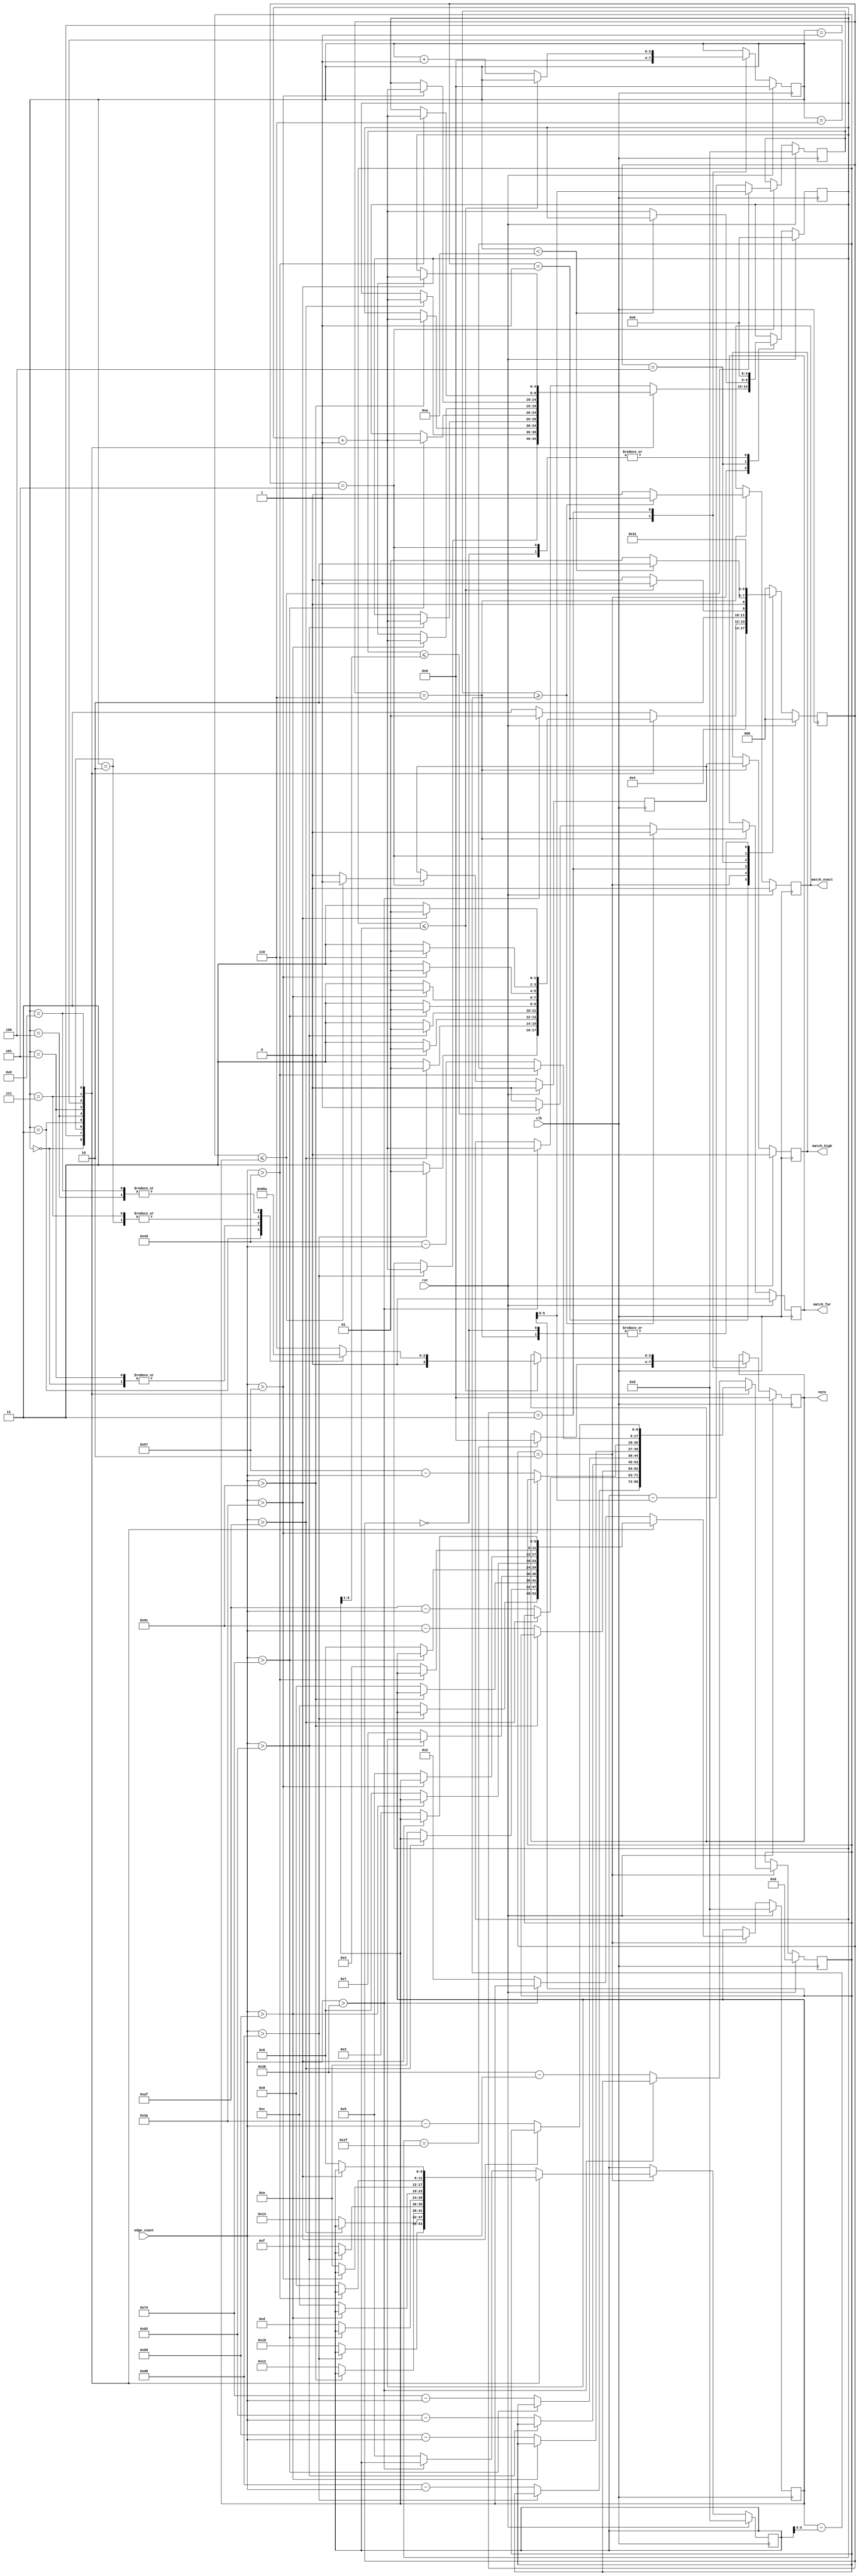
/*
    Neptune v1.2.0 proportional window, for tinytapeout 4.
    Copyright (C) 2023 Pat Deegan, https://psychogenic.com
    This program is free software: you can redistribute it and/or modify
    it under the terms of the GNU General Public License as published by
    the Free Software Foundation, either version 3 of the License, or
    (at your option) any later version.
    This program is distributed in the hope that it will be useful,
    but WITHOUT ANY WARRANTY; without even the implied warranty of
    MERCHANTABILITY or FITNESS FOR A PARTICULAR PURPOSE.  See the
    GNU General Public License for more details.
    You should have received a copy of the GNU General Public License
    along with this program.  If not, see <https://www.gnu.org/licenses/>.
*/



`default_nettype none
`timescale 1ns/1ps
/* Generated by Yosys 0.28+1 (git sha1 a9c792dce, clang 10.0.0-4ubuntu1 -fPIC -Os) */

module p06_discriminator(rst, match_exact, edge_count, note, match_high, match_far, clk);
  reg \$auto$verilog_backend.cc:2097:dump_module$5  = 0;
  wire \$1 ;
  wire [3:0] \$100 ;
  wire [3:0] \$102 ;
  wire [3:0] \$104 ;
  wire [3:0] \$106 ;
  wire [3:0] \$108 ;
  wire \$11 ;
  wire \$110 ;
  wire [8:0] \$112 ;
  wire \$114 ;
  wire [8:0] \$116 ;
  wire \$118 ;
  wire [8:0] \$120 ;
  wire \$122 ;
  wire [8:0] \$124 ;
  wire \$126 ;
  wire [8:0] \$128 ;
  wire \$13 ;
  wire \$130 ;
  wire [8:0] \$132 ;
  wire \$134 ;
  wire [8:0] \$136 ;
  wire \$138 ;
  wire [8:0] \$140 ;
  wire \$142 ;
  wire [8:0] \$144 ;
  wire \$146 ;
  wire [8:0] \$148 ;
  wire \$15 ;
  wire \$150 ;
  wire \$152 ;
  wire \$154 ;
  wire \$156 ;
  wire \$158 ;
  wire \$160 ;
  wire \$162 ;
  wire \$164 ;
  wire \$166 ;
  wire \$168 ;
  wire \$17 ;
  wire \$170 ;
  wire [5:0] \$172 ;
  wire \$174 ;
  wire [5:0] \$176 ;
  wire \$178 ;
  wire [5:0] \$180 ;
  wire \$182 ;
  wire [5:0] \$184 ;
  wire \$186 ;
  wire [5:0] \$188 ;
  wire \$19 ;
  wire \$190 ;
  wire [5:0] \$192 ;
  wire \$194 ;
  wire [5:0] \$196 ;
  wire \$198 ;
  wire [5:0] \$200 ;
  wire \$202 ;
  wire [5:0] \$204 ;
  wire \$206 ;
  wire [5:0] \$208 ;
  wire \$21 ;
  wire \$210 ;
  wire [9:0] \$212 ;
  wire [9:0] \$213 ;
  wire \$215 ;
  wire [5:0] \$217 ;
  wire [6:0] \$219 ;
  wire \$221 ;
  wire [5:0] \$223 ;
  wire [6:0] \$225 ;
  wire \$227 ;
  wire [5:0] \$229 ;
  wire \$23 ;
  wire \$231 ;
  wire \$25 ;
  wire [5:0] \$27 ;
  wire [5:0] \$28 ;
  wire \$3 ;
  wire \$30 ;
  wire [5:0] \$32 ;
  wire [5:0] \$33 ;
  wire \$35 ;
  wire [5:0] \$37 ;
  wire [5:0] \$38 ;
  wire \$40 ;
  wire [5:0] \$42 ;
  wire [5:0] \$43 ;
  wire \$45 ;
  wire [5:0] \$47 ;
  wire [5:0] \$48 ;
  wire \$5 ;
  wire \$50 ;
  wire [5:0] \$52 ;
  wire [5:0] \$53 ;
  wire \$55 ;
  wire [5:0] \$57 ;
  wire [5:0] \$58 ;
  wire \$60 ;
  wire [5:0] \$62 ;
  wire [5:0] \$63 ;
  wire \$65 ;
  wire [5:0] \$67 ;
  wire [5:0] \$68 ;
  wire \$7 ;
  wire \$70 ;
  wire [5:0] \$72 ;
  wire [5:0] \$73 ;
  wire \$75 ;
  wire [5:0] \$77 ;
  wire [5:0] \$78 ;
  wire \$80 ;
  wire [4:0] \$82 ;
  wire [4:0] \$83 ;
  wire \$85 ;
  wire \$87 ;
  wire [3:0] \$89 ;
  wire \$9 ;
  wire [3:0] \$90 ;
  wire [3:0] \$92 ;
  wire [3:0] \$94 ;
  wire [3:0] \$96 ;
  wire [3:0] \$98 ;
  input clk;
  wire clk;
  reg [3:0] curNoteIndex = 4'h0;
  reg [3:0] \curNoteIndex$next ;
  (* enum_base_type = "DiscriminatorState" *)
  (* enum_value_000 = "PowerUp" *)
  (* enum_value_001 = "Init" *)
  (* enum_value_010 = "CalculateDiffFromTarget" *)
  (* enum_value_011 = "Compare" *)
  (* enum_value_100 = "MovedToNextCheckBounds" *)
  (* enum_value_101 = "DetectedValidNote" *)
  (* enum_value_110 = "DisplayResult" *)
  reg [2:0] curState = 3'h0;
  reg [2:0] \curState$next ;
  reg [5:0] detectionWindow = 6'h00;
  reg [5:0] \detectionWindow$next ;
  reg [5:0] detectionWindowMidPoint = 6'h00;
  reg [5:0] \detectionWindowMidPoint$next ;
  input [7:0] edge_count;
  wire [7:0] edge_count;
  reg inputFreqHigher = 1'h0;
  reg \inputFreqHigher$next ;
  output match_exact;
  reg match_exact = 1'h0;
  reg \match_exact$next ;
  output match_far;
  reg match_far = 1'h0;
  reg \match_far$next ;
  output match_high;
  reg match_high = 1'h0;
  reg \match_high$next ;
  reg [4:0] noMatchCount = 5'h00;
  reg [4:0] \noMatchCount$next ;
  output [3:0] note;
  reg [3:0] note = 4'h0;
  reg [3:0] \note$next ;
  reg [5:0] readingProximityResult = 6'h00;
  reg [5:0] \readingProximityResult$next ;
  input rst;
  wire rst;
  reg [8:0] subtractResult = 9'h000;
  reg [8:0] \subtractResult$next ;
  assign \$9  = edge_count > 8'h74;
  assign \$110  = edge_count > 8'hd0;
  assign \$112  = 8'hd0 - edge_count;
  assign \$114  = edge_count > 8'haf;
  assign \$116  = 8'haf - edge_count;
  assign \$118  = edge_count > 8'h9c;
  assign \$11  = edge_count > 8'h68;
  assign \$120  = 8'h9c - edge_count;
  assign \$122  = edge_count > 8'h82;
  assign \$124  = 8'h82 - edge_count;
  assign \$126  = edge_count > 8'h74;
  assign \$128  = 8'h74 - edge_count;
  assign \$130  = edge_count > 8'h68;
  assign \$132  = 8'h68 - edge_count;
  assign \$134  = edge_count > 8'h57;
  assign \$136  = 8'h57 - edge_count;
  assign \$138  = edge_count > 8'h4d;
  assign \$13  = edge_count > 8'h57;
  assign \$140  = 8'h4d - edge_count;
  assign \$142  = edge_count > 8'h3a;
  assign \$144  = 8'h3a - edge_count;
  assign \$146  = edge_count > 8'h2b;
  assign \$148  = 8'h2b - edge_count;
  assign \$150  = edge_count > 8'hd0;
  assign \$152  = edge_count > 8'haf;
  assign \$154  = edge_count > 8'h9c;
  assign \$156  = edge_count > 8'h82;
  assign \$158  = edge_count > 8'h74;
  assign \$15  = edge_count > 8'h4d;
  assign \$160  = edge_count > 8'h68;
  assign \$162  = edge_count > 8'h57;
  assign \$164  = edge_count > 8'h4d;
  assign \$166  = edge_count > 8'h3a;
  assign \$168  = edge_count > 8'h2b;
  assign \$170  = edge_count > 8'hd0;
  assign \$174  = edge_count > 8'haf;
  assign \$178  = edge_count > 8'h9c;
  assign \$17  = edge_count > 8'h3a;
  assign \$182  = edge_count > 8'h82;
  assign \$186  = edge_count > 8'h74;
  assign \$190  = edge_count > 8'h68;
  assign \$194  = edge_count > 8'h57;
  assign \$198  = edge_count > 8'h4d;
  assign \$1  = edge_count > 8'hd0;
  assign \$19  = edge_count > 8'h2b;
  assign \$202  = edge_count > 8'h3a;
  assign \$206  = edge_count > 8'h2b;
  assign \$210  = subtractResult <= detectionWindowMidPoint;
  assign \$213  = detectionWindow - subtractResult;
  assign \$215  = subtractResult <= detectionWindowMidPoint;
  assign \$21  = subtractResult <= detectionWindow;
  assign \$219  = detectionWindowMidPoint - \$217 ;
  assign \$221  = readingProximityResult >= \$219 ;
  assign \$225  = detectionWindowMidPoint - \$223 ;
  assign \$227  = readingProximityResult >= \$225 ;
  assign \$231  = readingProximityResult <= \$229 ;
  always @(posedge clk)
    curState <= \curState$next ;
  always @(posedge clk)
    noMatchCount <= \noMatchCount$next ;
  always @(posedge clk)
    curNoteIndex <= \curNoteIndex$next ;
  always @(posedge clk)
    note <= \note$next ;
  always @(posedge clk)
    subtractResult <= \subtractResult$next ;
  always @(posedge clk)
    detectionWindow <= \detectionWindow$next ;
  always @(posedge clk)
    detectionWindowMidPoint <= \detectionWindowMidPoint$next ;
  assign \$23  = curNoteIndex < 4'ha;
  always @(posedge clk)
    readingProximityResult <= \readingProximityResult$next ;
  always @(posedge clk)
    inputFreqHigher <= \inputFreqHigher$next ;
  always @(posedge clk)
    match_exact <= \match_exact$next ;
  always @(posedge clk)
    match_far <= \match_far$next ;
  always @(posedge clk)
    match_high <= \match_high$next ;
  assign \$25  = edge_count > 8'hd0;
  assign \$28  = noMatchCount + 1'h1;
  assign \$30  = edge_count > 8'haf;
  assign \$33  = noMatchCount + 1'h1;
  assign \$35  = edge_count > 8'h9c;
  assign \$38  = noMatchCount + 1'h1;
  assign \$3  = edge_count > 8'haf;
  assign \$40  = edge_count > 8'h82;
  assign \$43  = noMatchCount + 1'h1;
  assign \$45  = edge_count > 8'h74;
  assign \$48  = noMatchCount + 1'h1;
  assign \$50  = edge_count > 8'h68;
  assign \$53  = noMatchCount + 1'h1;
  assign \$55  = edge_count > 8'h57;
  assign \$58  = noMatchCount + 1'h1;
  assign \$5  = edge_count > 8'h9c;
  assign \$60  = edge_count > 8'h4d;
  assign \$63  = noMatchCount + 1'h1;
  assign \$65  = edge_count > 8'h3a;
  assign \$68  = noMatchCount + 1'h1;
  assign \$70  = edge_count > 8'h2b;
  assign \$73  = noMatchCount + 1'h1;
  assign \$75  = curNoteIndex < 4'ha;
  assign \$78  = noMatchCount + 1'h1;
  assign \$7  = edge_count > 8'h82;
  assign \$80  = subtractResult <= detectionWindow;
  assign \$83  = curNoteIndex + 1'h1;
  assign \$85  = noMatchCount == 5'h1f;
  assign \$87  = subtractResult <= detectionWindow;
  always @* begin
    if (\$auto$verilog_backend.cc:2097:dump_module$5 ) begin end
    (* full_case = 32'd1 *)
    casez (curState)
      3'h0:
          \curState$next  = 3'h1;
      3'h1:
          \curState$next  = 3'h2;
      3'h2:
          (* full_case = 32'd1 *)
          casez (curNoteIndex)
            4'h0:
                (* full_case = 32'd1 *)
                casez (\$1 )
                  1'h1:
                      \curState$next  = 3'h1;
                  default:
                      \curState$next  = 3'h3;
                endcase
            4'h1:
                (* full_case = 32'd1 *)
                casez (\$3 )
                  1'h1:
                      \curState$next  = 3'h1;
                  default:
                      \curState$next  = 3'h3;
                endcase
            4'h2:
                (* full_case = 32'd1 *)
                casez (\$5 )
                  1'h1:
                      \curState$next  = 3'h1;
                  default:
                      \curState$next  = 3'h3;
                endcase
            4'h3:
                (* full_case = 32'd1 *)
                casez (\$7 )
                  1'h1:
                      \curState$next  = 3'h1;
                  default:
                      \curState$next  = 3'h3;
                endcase
            4'h4:
                (* full_case = 32'd1 *)
                casez (\$9 )
                  1'h1:
                      \curState$next  = 3'h1;
                  default:
                      \curState$next  = 3'h3;
                endcase
            4'h5:
                (* full_case = 32'd1 *)
                casez (\$11 )
                  1'h1:
                      \curState$next  = 3'h1;
                  default:
                      \curState$next  = 3'h3;
                endcase
            4'h6:
                (* full_case = 32'd1 *)
                casez (\$13 )
                  1'h1:
                      \curState$next  = 3'h1;
                  default:
                      \curState$next  = 3'h3;
                endcase
            4'h7:
                (* full_case = 32'd1 *)
                casez (\$15 )
                  1'h1:
                      \curState$next  = 3'h1;
                  default:
                      \curState$next  = 3'h3;
                endcase
            4'h8:
                (* full_case = 32'd1 *)
                casez (\$17 )
                  1'h1:
                      \curState$next  = 3'h1;
                  default:
                      \curState$next  = 3'h3;
                endcase
            4'h?:
                (* full_case = 32'd1 *)
                casez (\$19 )
                  1'h1:
                      \curState$next  = 3'h1;
                  default:
                      \curState$next  = 3'h3;
                endcase
          endcase
      3'h3:
          (* full_case = 32'd1 *)
          casez (\$21 )
            1'h1:
                \curState$next  = 3'h5;
            default:
                \curState$next  = 3'h4;
          endcase
      3'h4:
          (* full_case = 32'd1 *)
          casez (\$23 )
            1'h1:
                \curState$next  = 3'h2;
            default:
                \curState$next  = 3'h1;
          endcase
      3'h5:
          \curState$next  = 3'h6;
      3'h6:
          \curState$next  = 3'h1;
      default:
          \curState$next  = 3'h0;
    endcase
    casez (rst)
      1'h1:
          \curState$next  = 3'h0;
    endcase
  end
  always @* begin
    if (\$auto$verilog_backend.cc:2097:dump_module$5 ) begin end
    \noMatchCount$next  = noMatchCount;
    casez (curState)
      3'h0:
          \noMatchCount$next  = 5'h00;
      3'h1:
          /* empty */;
      3'h2:
          (* full_case = 32'd1 *)
          casez (curNoteIndex)
            4'h0:
                casez (\$25 )
                  1'h1:
                      \noMatchCount$next  = \$28 [4:0];
                endcase
            4'h1:
                casez (\$30 )
                  1'h1:
                      \noMatchCount$next  = \$33 [4:0];
                endcase
            4'h2:
                casez (\$35 )
                  1'h1:
                      \noMatchCount$next  = \$38 [4:0];
                endcase
            4'h3:
                casez (\$40 )
                  1'h1:
                      \noMatchCount$next  = \$43 [4:0];
                endcase
            4'h4:
                casez (\$45 )
                  1'h1:
                      \noMatchCount$next  = \$48 [4:0];
                endcase
            4'h5:
                casez (\$50 )
                  1'h1:
                      \noMatchCount$next  = \$53 [4:0];
                endcase
            4'h6:
                casez (\$55 )
                  1'h1:
                      \noMatchCount$next  = \$58 [4:0];
                endcase
            4'h7:
                casez (\$60 )
                  1'h1:
                      \noMatchCount$next  = \$63 [4:0];
                endcase
            4'h8:
                casez (\$65 )
                  1'h1:
                      \noMatchCount$next  = \$68 [4:0];
                endcase
            4'h?:
                casez (\$70 )
                  1'h1:
                      \noMatchCount$next  = \$73 [4:0];
                endcase
          endcase
      3'h3:
          /* empty */;
      3'h4:
          (* full_case = 32'd1 *)
          casez (\$75 )
            1'h1:
                /* empty */;
            default:
                \noMatchCount$next  = \$78 [4:0];
          endcase
      3'h5:
          \noMatchCount$next  = 5'h00;
    endcase
    casez (rst)
      1'h1:
          \noMatchCount$next  = 5'h00;
    endcase
  end
  always @* begin
    if (\$auto$verilog_backend.cc:2097:dump_module$5 ) begin end
    \match_far$next  = match_far;
    casez (curState)
      3'h0:
          /* empty */;
      3'h1:
          /* empty */;
      3'h2:
          /* empty */;
      3'h3:
          /* empty */;
      3'h4:
          /* empty */;
      3'h5:
          /* empty */;
      3'h6:
          (* full_case = 32'd1 *)
          casez (\$227 )
            1'h1:
                \match_far$next  = 1'h0;
            default:
                (* full_case = 32'd1 *)
                casez (\$231 )
                  1'h1:
                      \match_far$next  = 1'h1;
                  default:
                      \match_far$next  = 1'h0;
                endcase
          endcase
    endcase
    casez (rst)
      1'h1:
          \match_far$next  = 1'h0;
    endcase
  end
  always @* begin
    if (\$auto$verilog_backend.cc:2097:dump_module$5 ) begin end
    \match_high$next  = match_high;
    casez (curState)
      3'h0:
          /* empty */;
      3'h1:
          /* empty */;
      3'h2:
          /* empty */;
      3'h3:
          /* empty */;
      3'h4:
          /* empty */;
      3'h5:
          /* empty */;
      3'h6:
          \match_high$next  = inputFreqHigher;
    endcase
    casez (rst)
      1'h1:
          \match_high$next  = 1'h0;
    endcase
  end
  always @* begin
    if (\$auto$verilog_backend.cc:2097:dump_module$5 ) begin end
    \curNoteIndex$next  = curNoteIndex;
    casez (curState)
      3'h0:
          /* empty */;
      3'h1:
          \curNoteIndex$next  = 4'h0;
      3'h2:
          /* empty */;
      3'h3:
          (* full_case = 32'd1 *)
          casez (\$80 )
            1'h1:
                /* empty */;
            default:
                \curNoteIndex$next  = \$83 [3:0];
          endcase
    endcase
    casez (rst)
      1'h1:
          \curNoteIndex$next  = 4'h0;
    endcase
  end
  always @* begin
    if (\$auto$verilog_backend.cc:2097:dump_module$5 ) begin end
    \note$next  = note;
    casez (curState)
      3'h0:
          /* empty */;
      3'h1:
          casez (\$85 )
            1'h1:
                \note$next  = 4'h0;
          endcase
      3'h2:
          /* empty */;
      3'h3:
          casez (\$87 )
            1'h1:
                (* full_case = 32'd1 *)
                casez (curNoteIndex)
                  4'h0:
                      \note$next  = \$90 ;
                  4'h1:
                      \note$next  = \$92 ;
                  4'h2:
                      \note$next  = \$94 ;
                  4'h3:
                      \note$next  = \$96 ;
                  4'h4:
                      \note$next  = \$98 ;
                  4'h5:
                      \note$next  = \$100 ;
                  4'h6:
                      \note$next  = \$102 ;
                  4'h7:
                      \note$next  = \$104 ;
                  4'h8:
                      \note$next  = \$106 ;
                  4'h?:
                      \note$next  = \$108 ;
                endcase
          endcase
    endcase
    casez (rst)
      1'h1:
          \note$next  = 4'h0;
    endcase
  end
  always @* begin
    if (\$auto$verilog_backend.cc:2097:dump_module$5 ) begin end
    \subtractResult$next  = subtractResult;
    casez (curState)
      3'h0:
          /* empty */;
      3'h1:
          /* empty */;
      3'h2:
          (* full_case = 32'd1 *)
          casez (curNoteIndex)
            4'h0:
                (* full_case = 32'd1 *)
                casez (\$110 )
                  1'h1:
                      /* empty */;
                  default:
                      \subtractResult$next  = \$112 ;
                endcase
            4'h1:
                (* full_case = 32'd1 *)
                casez (\$114 )
                  1'h1:
                      /* empty */;
                  default:
                      \subtractResult$next  = \$116 ;
                endcase
            4'h2:
                (* full_case = 32'd1 *)
                casez (\$118 )
                  1'h1:
                      /* empty */;
                  default:
                      \subtractResult$next  = \$120 ;
                endcase
            4'h3:
                (* full_case = 32'd1 *)
                casez (\$122 )
                  1'h1:
                      /* empty */;
                  default:
                      \subtractResult$next  = \$124 ;
                endcase
            4'h4:
                (* full_case = 32'd1 *)
                casez (\$126 )
                  1'h1:
                      /* empty */;
                  default:
                      \subtractResult$next  = \$128 ;
                endcase
            4'h5:
                (* full_case = 32'd1 *)
                casez (\$130 )
                  1'h1:
                      /* empty */;
                  default:
                      \subtractResult$next  = \$132 ;
                endcase
            4'h6:
                (* full_case = 32'd1 *)
                casez (\$134 )
                  1'h1:
                      /* empty */;
                  default:
                      \subtractResult$next  = \$136 ;
                endcase
            4'h7:
                (* full_case = 32'd1 *)
                casez (\$138 )
                  1'h1:
                      /* empty */;
                  default:
                      \subtractResult$next  = \$140 ;
                endcase
            4'h8:
                (* full_case = 32'd1 *)
                casez (\$142 )
                  1'h1:
                      /* empty */;
                  default:
                      \subtractResult$next  = \$144 ;
                endcase
            4'h?:
                (* full_case = 32'd1 *)
                casez (\$146 )
                  1'h1:
                      /* empty */;
                  default:
                      \subtractResult$next  = \$148 ;
                endcase
          endcase
    endcase
    casez (rst)
      1'h1:
          \subtractResult$next  = 9'h000;
    endcase
  end
  always @* begin
    if (\$auto$verilog_backend.cc:2097:dump_module$5 ) begin end
    \detectionWindow$next  = detectionWindow;
    casez (curState)
      3'h0:
          /* empty */;
      3'h1:
          /* empty */;
      3'h2:
          (* full_case = 32'd1 *)
          casez (curNoteIndex)
            4'h0:
                (* full_case = 32'd1 *)
                casez (\$150 )
                  1'h1:
                      /* empty */;
                  default:
                      \detectionWindow$next  = 6'h18;
                endcase
            4'h1:
                (* full_case = 32'd1 *)
                casez (\$152 )
                  1'h1:
                      /* empty */;
                  default:
                      \detectionWindow$next  = 6'h14;
                endcase
            4'h2:
                (* full_case = 32'd1 *)
                casez (\$154 )
                  1'h1:
                      /* empty */;
                  default:
                      \detectionWindow$next  = 6'h12;
                endcase
            4'h3:
                (* full_case = 32'd1 *)
                casez (\$156 )
                  1'h1:
                      /* empty */;
                  default:
                      \detectionWindow$next  = 6'h0f;
                endcase
            4'h4:
                (* full_case = 32'd1 *)
                casez (\$158 )
                  1'h1:
                      /* empty */;
                  default:
                      \detectionWindow$next  = 6'h0d;
                endcase
            4'h5:
                (* full_case = 32'd1 *)
                casez (\$160 )
                  1'h1:
                      /* empty */;
                  default:
                      \detectionWindow$next  = 6'h0c;
                endcase
            4'h6:
                (* full_case = 32'd1 *)
                casez (\$162 )
                  1'h1:
                      /* empty */;
                  default:
                      \detectionWindow$next  = 6'h0a;
                endcase
            4'h7:
                (* full_case = 32'd1 *)
                casez (\$164 )
                  1'h1:
                      /* empty */;
                  default:
                      \detectionWindow$next  = 6'h09;
                endcase
            4'h8:
                (* full_case = 32'd1 *)
                casez (\$166 )
                  1'h1:
                      /* empty */;
                  default:
                      \detectionWindow$next  = 6'h06;
                endcase
            4'h?:
                (* full_case = 32'd1 *)
                casez (\$168 )
                  1'h1:
                      /* empty */;
                  default:
                      \detectionWindow$next  = 6'h05;
                endcase
          endcase
    endcase
    casez (rst)
      1'h1:
          \detectionWindow$next  = 6'h00;
    endcase
  end
  always @* begin
    if (\$auto$verilog_backend.cc:2097:dump_module$5 ) begin end
    \detectionWindowMidPoint$next  = detectionWindowMidPoint;
    casez (curState)
      3'h0:
          /* empty */;
      3'h1:
          /* empty */;
      3'h2:
          (* full_case = 32'd1 *)
          casez (curNoteIndex)
            4'h0:
                (* full_case = 32'd1 *)
                casez (\$170 )
                  1'h1:
                      /* empty */;
                  default:
                      \detectionWindowMidPoint$next  = \$172 ;
                endcase
            4'h1:
                (* full_case = 32'd1 *)
                casez (\$174 )
                  1'h1:
                      /* empty */;
                  default:
                      \detectionWindowMidPoint$next  = \$176 ;
                endcase
            4'h2:
                (* full_case = 32'd1 *)
                casez (\$178 )
                  1'h1:
                      /* empty */;
                  default:
                      \detectionWindowMidPoint$next  = \$180 ;
                endcase
            4'h3:
                (* full_case = 32'd1 *)
                casez (\$182 )
                  1'h1:
                      /* empty */;
                  default:
                      \detectionWindowMidPoint$next  = \$184 ;
                endcase
            4'h4:
                (* full_case = 32'd1 *)
                casez (\$186 )
                  1'h1:
                      /* empty */;
                  default:
                      \detectionWindowMidPoint$next  = \$188 ;
                endcase
            4'h5:
                (* full_case = 32'd1 *)
                casez (\$190 )
                  1'h1:
                      /* empty */;
                  default:
                      \detectionWindowMidPoint$next  = \$192 ;
                endcase
            4'h6:
                (* full_case = 32'd1 *)
                casez (\$194 )
                  1'h1:
                      /* empty */;
                  default:
                      \detectionWindowMidPoint$next  = \$196 ;
                endcase
            4'h7:
                (* full_case = 32'd1 *)
                casez (\$198 )
                  1'h1:
                      /* empty */;
                  default:
                      \detectionWindowMidPoint$next  = \$200 ;
                endcase
            4'h8:
                (* full_case = 32'd1 *)
                casez (\$202 )
                  1'h1:
                      /* empty */;
                  default:
                      \detectionWindowMidPoint$next  = \$204 ;
                endcase
            4'h?:
                (* full_case = 32'd1 *)
                casez (\$206 )
                  1'h1:
                      /* empty */;
                  default:
                      \detectionWindowMidPoint$next  = \$208 ;
                endcase
          endcase
    endcase
    casez (rst)
      1'h1:
          \detectionWindowMidPoint$next  = 6'h00;
    endcase
  end
  always @* begin
    if (\$auto$verilog_backend.cc:2097:dump_module$5 ) begin end
    \readingProximityResult$next  = readingProximityResult;
    casez (curState)
      3'h0:
          /* empty */;
      3'h1:
          /* empty */;
      3'h2:
          /* empty */;
      3'h3:
          /* empty */;
      3'h4:
          /* empty */;
      3'h5:
          (* full_case = 32'd1 *)
          casez (\$210 )
            1'h1:
                \readingProximityResult$next  = subtractResult[5:0];
            default:
                \readingProximityResult$next  = \$213 [5:0];
          endcase
    endcase
    casez (rst)
      1'h1:
          \readingProximityResult$next  = 6'h00;
    endcase
  end
  always @* begin
    if (\$auto$verilog_backend.cc:2097:dump_module$5 ) begin end
    \inputFreqHigher$next  = inputFreqHigher;
    casez (curState)
      3'h0:
          /* empty */;
      3'h1:
          /* empty */;
      3'h2:
          /* empty */;
      3'h3:
          /* empty */;
      3'h4:
          /* empty */;
      3'h5:
          (* full_case = 32'd1 *)
          casez (\$215 )
            1'h1:
                \inputFreqHigher$next  = 1'h1;
            default:
                \inputFreqHigher$next  = 1'h0;
          endcase
    endcase
    casez (rst)
      1'h1:
          \inputFreqHigher$next  = 1'h0;
    endcase
  end
  always @* begin
    if (\$auto$verilog_backend.cc:2097:dump_module$5 ) begin end
    \match_exact$next  = match_exact;
    casez (curState)
      3'h0:
          /* empty */;
      3'h1:
          /* empty */;
      3'h2:
          /* empty */;
      3'h3:
          /* empty */;
      3'h4:
          /* empty */;
      3'h5:
          /* empty */;
      3'h6:
          (* full_case = 32'd1 *)
          casez (\$221 )
            1'h1:
                \match_exact$next  = 1'h1;
            default:
                \match_exact$next  = 1'h0;
          endcase
    endcase
    casez (rst)
      1'h1:
          \match_exact$next  = 1'h0;
    endcase
  end
  assign \$27  = \$28 ;
  assign \$32  = \$33 ;
  assign \$37  = \$38 ;
  assign \$42  = \$43 ;
  assign \$47  = \$48 ;
  assign \$52  = \$53 ;
  assign \$57  = \$58 ;
  assign \$62  = \$63 ;
  assign \$67  = \$68 ;
  assign \$72  = \$73 ;
  assign \$77  = \$78 ;
  assign \$82  = \$83 ;
  assign \$212  = \$213 ;
  assign \$90  = 4'h1;
  assign \$92  = 4'h6;
  assign \$94  = 4'h5;
  assign \$96  = 4'h3;
  assign \$98  = 4'h2;
  assign \$100  = 4'h1;
  assign \$102  = 4'h6;
  assign \$104  = 4'h5;
  assign \$106  = 4'h2;
  assign \$108  = 4'h6;
  assign \$172  = 6'h0c;
  assign \$176  = 6'h0a;
  assign \$180  = 6'h09;
  assign \$184  = 6'h07;
  assign \$188  = 6'h06;
  assign \$192  = 6'h06;
  assign \$196  = 6'h05;
  assign \$200  = 6'h04;
  assign \$204  = 6'h03;
  assign \$208  = 6'h02;
  assign \$217  = { 4'h0, detectionWindow[5:4] };
  assign \$223  = { 4'h0, detectionWindow[5:4] };
  assign \$229  = { 1'h0, detectionWindowMidPoint[5:1] };
endmodule

module p06_display(rst, valueNote, valueProxim, segments, proximitySelect, clk);
  reg \$auto$verilog_backend.cc:2097:dump_module$6  = 0;
  wire \$1 ;
  input clk;
  wire clk;
  wire [7:0] notedisplay_segments;
  reg [2:0] notedisplay_value = 3'h0;
  reg [2:0] \notedisplay_value$next ;
  wire [7:0] proxdisplay_segments;
  reg [2:0] proxdisplay_value = 3'h0;
  reg [2:0] \proxdisplay_value$next ;
  output proximitySelect;
  reg proximitySelect = 1'h0;
  reg \proximitySelect$next ;
  input rst;
  wire rst;
  output [7:0] segments;
  reg [7:0] segments = 8'h00;
  reg [7:0] \segments$next ;
  input [3:0] valueNote;
  wire [3:0] valueNote;
  input [2:0] valueProxim;
  wire [2:0] valueProxim;
  assign \$1  = ! valueNote;
  always @(posedge clk)
    notedisplay_value <= \notedisplay_value$next ;
  always @(posedge clk)
    proxdisplay_value <= \proxdisplay_value$next ;
  always @(posedge clk)
    proximitySelect <= \proximitySelect$next ;
  always @(posedge clk)
    segments <= \segments$next ;
  p06_notedisplay notedisplay (
    .clk(clk),
    .rst(rst),
    .segments(notedisplay_segments),
    .value(notedisplay_value)
  );
  p06_proxdisplay proxdisplay (
    .clk(clk),
    .rst(rst),
    .segments(proxdisplay_segments),
    .value(proxdisplay_value)
  );
  always @* begin
    if (\$auto$verilog_backend.cc:2097:dump_module$6 ) begin end
    \notedisplay_value$next  = valueNote[2:0];
    casez (rst)
      1'h1:
          \notedisplay_value$next  = 3'h0;
    endcase
  end
  always @* begin
    if (\$auto$verilog_backend.cc:2097:dump_module$6 ) begin end
    \proxdisplay_value$next  = valueProxim;
    casez (rst)
      1'h1:
          \proxdisplay_value$next  = 3'h0;
    endcase
  end
  always @* begin
    if (\$auto$verilog_backend.cc:2097:dump_module$6 ) begin end
    \proximitySelect$next  = 1'h1;
    casez (proximitySelect)
      1'h1:
          \proximitySelect$next  = 1'h0;
    endcase
    casez (rst)
      1'h1:
          \proximitySelect$next  = 1'h0;
    endcase
  end
  always @* begin
    if (\$auto$verilog_backend.cc:2097:dump_module$6 ) begin end
    (* full_case = 32'd1 *)
    casez (proximitySelect)
      1'h1:
          (* full_case = 32'd1 *)
          casez (\$1 )
            1'h1:
                \segments$next  = notedisplay_segments;
            default:
                \segments$next  = proxdisplay_segments;
          endcase
      default:
          \segments$next  = notedisplay_segments;
    endcase
    casez (rst)
      1'h1:
          \segments$next  = 8'h00;
    endcase
  end
endmodule

module p06_edge_detect(rst, \input , \output , clk);
  reg \$auto$verilog_backend.cc:2097:dump_module$7  = 0;
  wire \$1 ;
  wire \$3 ;
  input clk;
  wire clk;
  wire ffsync_syncOut;
  input \input ;
  wire \input ;
  output \output ;
  reg \output  = 1'h0;
  reg \output$next ;
  input rst;
  wire rst;
  reg seenRising = 1'h0;
  reg \seenRising$next ;
  assign \$1  = ~ seenRising;
  assign \$3  = ~ seenRising;
  always @(posedge clk)
    \output  <= \output$next ;
  always @(posedge clk)
    seenRising <= \seenRising$next ;
  p06_ffsync ffsync (
    .clk(clk),
    .\input (\input ),
    .rst(rst),
    .syncOut(ffsync_syncOut)
  );
  always @* begin
    if (\$auto$verilog_backend.cc:2097:dump_module$7 ) begin end
    \output$next  = 1'h0;
    casez (ffsync_syncOut)
      1'h1:
          casez (\$1 )
            1'h1:
                \output$next  = 1'h1;
          endcase
    endcase
    casez (rst)
      1'h1:
          \output$next  = 1'h0;
    endcase
  end
  always @* begin
    if (\$auto$verilog_backend.cc:2097:dump_module$7 ) begin end
    \seenRising$next  = seenRising;
    (* full_case = 32'd1 *)
    casez (ffsync_syncOut)
      1'h1:
          casez (\$3 )
            1'h1:
                \seenRising$next  = 1'h1;
          endcase
      default:
          \seenRising$next  = 1'h0;
    endcase
    casez (rst)
      1'h1:
          \seenRising$next  = 1'h0;
    endcase
  end
endmodule

module p06_ffsync(rst, \input , syncOut, clk);
  input clk;
  wire clk;
  input \input ;
  wire \input ;
  input rst;
  wire rst;
  reg stage0 = 1'h0;
  wire \stage0$next ;
  reg stage1 = 1'h0;
  wire \stage1$next ;
  output syncOut;
  wire syncOut;
  always @(posedge clk)
    stage0 <= \stage0$next ;
  always @(posedge clk)
    stage1 <= \stage1$next ;
  assign syncOut = stage1;
  assign \stage1$next  = stage0;
  assign \stage0$next  = \input ;
endmodule

module p06_notedisplay(rst, value, segments, clk);
  reg \$auto$verilog_backend.cc:2097:dump_module$8  = 0;
  wire \$1 ;
  input clk;
  wire clk;
  input rst;
  wire rst;
  output [7:0] segments;
  reg [7:0] segments = 8'h00;
  reg [7:0] \segments$next ;
  input [2:0] value;
  wire [2:0] value;
  assign \$1  = value < 4'h8;
  always @(posedge clk)
    segments <= \segments$next ;
  always @* begin
    if (\$auto$verilog_backend.cc:2097:dump_module$8 ) begin end
    \segments$next  = 8'h00;
    casez (\$1 )
      1'h1:
          (* full_case = 32'd1 *)
          casez (value)
            3'h0:
                \segments$next  = 8'h02;
            3'h1:
                \segments$next  = 8'hf6;
            3'h2:
                \segments$next  = 8'hee;
            3'h3:
                \segments$next  = 8'h3e;
            3'h4:
                \segments$next  = 8'h9c;
            3'h5:
                \segments$next  = 8'h7a;
            3'h6:
                \segments$next  = 8'h9e;
            3'h?:
                \segments$next  = 8'h8e;
          endcase
    endcase
    casez (rst)
      1'h1:
          \segments$next  = 8'h00;
    endcase
  end
endmodule

module p06_proxdisplay(rst, value, segments, clk);
  reg \$auto$verilog_backend.cc:2097:dump_module$9  = 0;
  wire \$1 ;
  input clk;
  wire clk;
  input rst;
  wire rst;
  output [7:0] segments;
  reg [7:0] segments = 8'h00;
  reg [7:0] \segments$next ;
  input [2:0] value;
  wire [2:0] value;
  assign \$1  = value < 4'h8;
  always @(posedge clk)
    segments <= \segments$next ;
  always @* begin
    if (\$auto$verilog_backend.cc:2097:dump_module$9 ) begin end
    \segments$next  = 8'h00;
    casez (\$1 )
      1'h1:
          (* full_case = 32'd1 *)
          casez (value)
            3'h0:
                \segments$next  = 8'h2a;
            3'h1:
                \segments$next  = 8'h01;
            3'h2:
                \segments$next  = 8'h46;
            3'h3:
                \segments$next  = 8'h01;
            3'h4:
                \segments$next  = 8'h38;
            3'h5:
                \segments$next  = 8'h01;
            3'h6:
                \segments$next  = 8'hc4;
            3'h?:
                \segments$next  = 8'h01;
          endcase
    endcase
    casez (rst)
      1'h1:
          \segments$next  = 8'h00;
    endcase
  end
endmodule

module p06_pulsecounter(rst, \input , clock_config, pulseCount, clk);
  reg \$auto$verilog_backend.cc:2097:dump_module$10  = 0;
  wire [15:0] \$1 ;
  wire \$10 ;
  wire [15:0] \$12 ;
  wire [15:0] \$13 ;
  wire [15:0] \$2 ;
  wire \$4 ;
  wire \$6 ;
  wire \$8 ;
  wire [14:0] \$auto$proc_rom.cc:149:do_switch$1 ;
  input clk;
  wire clk;
  reg [14:0] clockCount = 15'h0000;
  reg [14:0] \clockCount$next ;
  input [2:0] clock_config;
  wire [2:0] clock_config;
  wire edge_detect_input;
  wire edge_detect_output;
  input \input ;
  wire \input ;
  output [14:0] pulseCount;
  reg [14:0] pulseCount = 15'h0000;
  reg [14:0] \pulseCount$next ;
  input rst;
  wire rst;
  reg [14:0] runningPulseCount = 15'h0000;
  reg [14:0] \runningPulseCount$next ;
  reg [14:0] singlePeriodClockCount = 15'h0000;
  reg [14:0] \singlePeriodClockCount$next ;
  (* full_case = 32'd1 *)
  reg [14:0] \$auto$proc_rom.cc:150:do_switch$2  [7:0];
  initial begin
    \$auto$proc_rom.cc:150:do_switch$2 [0] = 15'h01f4;
    \$auto$proc_rom.cc:150:do_switch$2 [1] = 15'h03e8;
    \$auto$proc_rom.cc:150:do_switch$2 [2] = 15'h07d0;
    \$auto$proc_rom.cc:150:do_switch$2 [3] = 15'h0667;
    \$auto$proc_rom.cc:150:do_switch$2 [4] = 15'h1388;
    \$auto$proc_rom.cc:150:do_switch$2 [5] = 15'h4000;
    \$auto$proc_rom.cc:150:do_switch$2 [6] = 15'h4e20;
    \$auto$proc_rom.cc:150:do_switch$2 [7] = 15'h7530;
  end
  assign \$auto$proc_rom.cc:149:do_switch$1  = \$auto$proc_rom.cc:150:do_switch$2 [clock_config];
  assign \$10  = ! clockCount;
  assign \$13  = runningPulseCount + 1'h1;
  always @(posedge clk)
    clockCount <= \clockCount$next ;
  always @(posedge clk)
    singlePeriodClockCount <= \singlePeriodClockCount$next ;
  always @(posedge clk)
    pulseCount <= \pulseCount$next ;
  always @(posedge clk)
    runningPulseCount <= \runningPulseCount$next ;
  assign \$2  = clockCount + 1'h1;
  assign \$4  = clockCount == singlePeriodClockCount;
  assign \$6  = clockCount == singlePeriodClockCount;
  assign \$8  = clockCount == singlePeriodClockCount;
  p06_edge_detect edge_detect (
    .clk(clk),
    .\input (edge_detect_input),
    .\output (edge_detect_output),
    .rst(rst)
  );
  always @* begin
    if (\$auto$verilog_backend.cc:2097:dump_module$10 ) begin end
    \clockCount$next  = \$2 [14:0];
    casez (\$4 )
      1'h1:
          \clockCount$next  = 15'h0000;
    endcase
    casez (rst)
      1'h1:
          \clockCount$next  = 15'h0000;
    endcase
  end
  always @* begin
    if (\$auto$verilog_backend.cc:2097:dump_module$10 ) begin end
    \singlePeriodClockCount$next  = \$auto$proc_rom.cc:149:do_switch$1 ;
    casez (rst)
      1'h1:
          \singlePeriodClockCount$next  = 15'h0000;
    endcase
  end
  always @* begin
    if (\$auto$verilog_backend.cc:2097:dump_module$10 ) begin end
    \pulseCount$next  = pulseCount;
    casez (\$6 )
      1'h1:
          \pulseCount$next  = runningPulseCount;
    endcase
    casez (rst)
      1'h1:
          \pulseCount$next  = 15'h0000;
    endcase
  end
  always @* begin
    if (\$auto$verilog_backend.cc:2097:dump_module$10 ) begin end
    \runningPulseCount$next  = runningPulseCount;
    (* full_case = 32'd1 *)
    casez (\$8 )
      1'h1:
          /* empty */;
      default:
          (* full_case = 32'd1 *)
          casez (\$10 )
            1'h1:
                (* full_case = 32'd1 *)
                casez (edge_detect_output)
                  1'h1:
                      \runningPulseCount$next  = 15'h0001;
                  default:
                      \runningPulseCount$next  = 15'h0000;
                endcase
            default:
                casez (edge_detect_output)
                  1'h1:
                      \runningPulseCount$next  = \$13 [14:0];
                endcase
          endcase
    endcase
    casez (rst)
      1'h1:
          \runningPulseCount$next  = 15'h0000;
    endcase
  end
  assign \$1  = \$2 ;
  assign \$12  = \$13 ;
  assign edge_detect_input = \input ;
endmodule

module p06_tt_um_psychogenic_neptuneproportional(uo_out, uio_in, uio_out, uio_oe, ena, clk, rst_n, ui_in);
  reg \$auto$verilog_backend.cc:2097:dump_module$11  = 0;
  wire \$2 ;
  input clk;
  wire clk;
  wire \clk$1 ;
  reg [7:0] displaySegmentsA = 8'h00;
  reg [7:0] \displaySegmentsA$next ;
  reg [7:0] displaySegmentsB = 8'h00;
  reg [7:0] \displaySegmentsB$next ;
  input ena;
  wire ena;
  wire input_pulses;
  reg [7:0] outputs;
  wire rst;
  input rst_n;
  wire rst_n;
  wire [2:0] tuner_clock_config;
  wire [7:0] tuner_displaySegments;
  wire tuner_displaySelect;
  wire tuner_input_pulses;
  wire tuner_match_exact;
  wire [7:0] tuner_pulseCount;
  input [7:0] ui_in;
  wire [7:0] ui_in;
  input [7:0] uio_in;
  wire [7:0] uio_in;
  output [7:0] uio_oe;
  wire [7:0] uio_oe;
  output [7:0] uio_out;
  wire [7:0] uio_out;
  output [7:0] uo_out;
  wire [7:0] uo_out;
  assign \$2  = ~ rst_n;
  always @(posedge \clk$1 )
    displaySegmentsA <= \displaySegmentsA$next ;
  always @(posedge \clk$1 )
    displaySegmentsB <= \displaySegmentsB$next ;
  p06_tuner tuner (
    .clk(\clk$1 ),
    .clock_config(tuner_clock_config),
    .displaySegments(tuner_displaySegments),
    .displaySelect(tuner_displaySelect),
    .input_pulses(tuner_input_pulses),
    .match_exact(tuner_match_exact),
    .pulseCount(tuner_pulseCount),
    .rst(rst)
  );
  always @* begin
    if (\$auto$verilog_backend.cc:2097:dump_module$11 ) begin end
    \displaySegmentsA$next  = displaySegmentsA;
    casez (tuner_displaySelect)
      1'h1:
          \displaySegmentsA$next  = { tuner_displaySegments[7:1], tuner_match_exact };
    endcase
    casez (rst)
      1'h1:
          \displaySegmentsA$next  = 8'h00;
    endcase
  end
  always @* begin
    if (\$auto$verilog_backend.cc:2097:dump_module$11 ) begin end
    \displaySegmentsB$next  = displaySegmentsB;
    (* full_case = 32'd1 *)
    casez (tuner_displaySelect)
      1'h1:
          /* empty */;
      default:
          \displaySegmentsB$next  = tuner_displaySegments;
    endcase
    casez (rst)
      1'h1:
          \displaySegmentsB$next  = 8'h00;
    endcase
  end
  always @* begin
    if (\$auto$verilog_backend.cc:2097:dump_module$11 ) begin end
    (* full_case = 32'd1 *)
    casez (ui_in[6])
      1'h1:
          (* full_case = 32'd1 *)
          casez (ui_in[7])
            1'h1:
                outputs = displaySegmentsA;
            default:
                outputs = displaySegmentsB;
          endcase
      default:
          outputs = { tuner_displaySelect, tuner_displaySegments[7:1] };
    endcase
  end
  assign uo_out = outputs;
  assign tuner_input_pulses = ui_in[5];
  assign tuner_clock_config = ui_in[4:2];
  assign input_pulses = ui_in[5];
  assign uio_out = tuner_pulseCount;
  assign uio_oe = 8'hff;
  assign rst = \$2 ;
  assign \clk$1  = clk;
endmodule

module p06_tuner(rst, pulseCount, clock_config, input_pulses, displaySelect, match_exact, displaySegments, clk);
  input clk;
  wire clk;
  input [2:0] clock_config;
  wire [2:0] clock_config;
  wire [7:0] discriminator_edge_count;
  wire discriminator_match_far;
  wire discriminator_match_high;
  wire [3:0] discriminator_note;
  output [7:0] displaySegments;
  wire [7:0] displaySegments;
  output displaySelect;
  wire displaySelect;
  wire display_proximitySelect;
  wire [7:0] display_segments;
  wire [3:0] display_valueNote;
  wire [2:0] display_valueProxim;
  input input_pulses;
  wire input_pulses;
  output match_exact;
  wire match_exact;
  output [7:0] pulseCount;
  wire [7:0] pulseCount;
  wire [2:0] pulsecounter_clock_config;
  wire pulsecounter_input;
  wire [14:0] pulsecounter_pulseCount;
  input rst;
  wire rst;
  p06_discriminator discriminator (
    .clk(clk),
    .edge_count(discriminator_edge_count),
    .match_exact(match_exact),
    .match_far(discriminator_match_far),
    .match_high(discriminator_match_high),
    .note(discriminator_note),
    .rst(rst)
  );
  p06_display display (
    .clk(clk),
    .proximitySelect(display_proximitySelect),
    .rst(rst),
    .segments(display_segments),
    .valueNote(display_valueNote),
    .valueProxim(display_valueProxim)
  );
  p06_pulsecounter pulsecounter (
    .clk(clk),
    .clock_config(pulsecounter_clock_config),
    .\input (pulsecounter_input),
    .pulseCount(pulsecounter_pulseCount),
    .rst(rst)
  );
  assign pulseCount = pulsecounter_pulseCount[7:0];
  assign displaySelect = display_proximitySelect;
  assign displaySegments = display_segments;
  assign display_valueProxim = { discriminator_match_far, discriminator_match_high, match_exact };
  assign display_valueNote = discriminator_note;
  assign discriminator_edge_count = pulsecounter_pulseCount[7:0];
  assign pulsecounter_clock_config = clock_config;
  assign pulsecounter_input = input_pulses;
endmodule